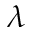
\lambda